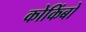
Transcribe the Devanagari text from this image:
कोकिंबो